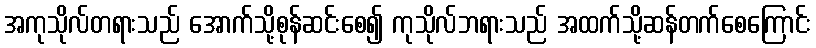
အကုသိုလ်တရားသည် အောက်သို့စုန်ဆင်းစေ၍ ကုသိုလ်ဘရားသည် အထက်သို့ဆန်တက်စေကြောင်း